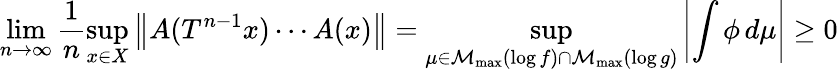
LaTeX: \operatorname*{lim}_{n\to\infty}\frac{1}{n}\operatorname*{sup}_{x\in X}\left\| A(T^{n-1}x)\cdots A(x)\right\| =\operatorname*{sup}_{\mu\in\mathcal{M}_{\operatorname*{max}}(\log f)\cap\mathcal{M}_{\operatorname*{max}}(\log g)}\left|\int\phi\, d\mu\right|\geq 0